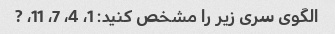
الگوی سری زیر را مشخص کنید: 1، 4، 7، 11، ?